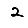
Digit: 2